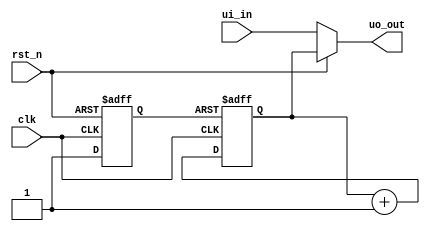
/*
 * tt_um_factory_test.v
 *
 * Test user module
 *
 */

`default_nettype none

module tt_um_micro_test (
    input  wire [7:0] ui_in,    // Dedicated inputs
    output wire [7:0] uo_out,   // Dedicated outputs
    input  wire       clk,      // clock
    input  wire       rst_n     // reset_n - low to reset
);

  reg rst_n_i;
  reg [7:0] cnt;

  always @(posedge clk or negedge rst_n)
    if (~rst_n) rst_n_i <= 1'b0;
    else rst_n_i <= 1'b1;

  always @(posedge clk or negedge rst_n_i)
    if (~rst_n_i) cnt <= 0;
    else cnt <= cnt + 1;

  assign uo_out  = rst_n ? cnt : ui_in;

endmodule  // tt_um_factory_test